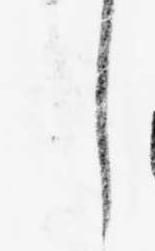
し